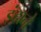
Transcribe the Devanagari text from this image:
इंद्राने